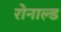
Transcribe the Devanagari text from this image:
रोनाल्‍ड